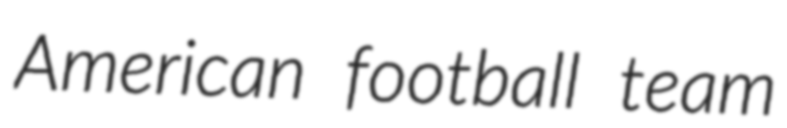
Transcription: American football team